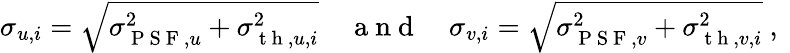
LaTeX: \sigma_{u,i}=\sqrt{\sigma_{\mathrm{~P~S~F~},u}^{2}+\sigma_{\mathrm{~t~h~},u,i}^{2}}\quad\mathrm{~a~n~d~}\quad\sigma_{v,i}=\sqrt{\sigma_{\mathrm{~P~S~F~},v}^{2}+\sigma_{\mathrm{~t~h~},v,i}^{2}}\mathrm{~,~}